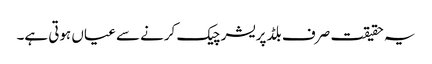
یہ حقیقت صرف بلڈ پریشر چیک کرنے سے عیاں ہوتی ہے۔